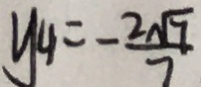
y _ { 4 } = - \frac { 2 \sqrt { 7 } } { 7 }